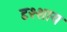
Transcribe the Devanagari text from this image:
दृश्शाय